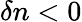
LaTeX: \delta n<0